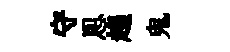
守㤙趨鬼